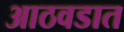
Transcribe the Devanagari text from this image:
आठवडात